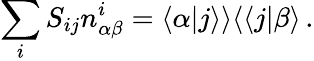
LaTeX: \sum_{i}S_{ij}n_{\alpha\beta}^{i}=\langle\alpha|j\rangle\rangle\langle\langle j|\beta\rangle\, .